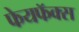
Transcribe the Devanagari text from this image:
फेयफॅक्स